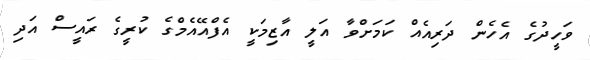
ވަހީދުގެ އެހެން ދަރިއެއް ކަމަށްވާ އަލީ އާޒިމަކީ އެފްއޭއެމްގެ ކުރީގެ ރައީސް އަދި